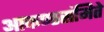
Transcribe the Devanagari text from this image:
आकण्ठसंमिते